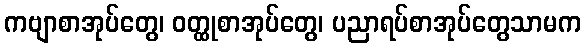
ကဗျာစာအုပ်တွေ၊ ဝတ္ထုစာအုပ်တွေ၊ ပညာရပ်စာအုပ်တွေသာမက